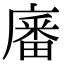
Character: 㢖